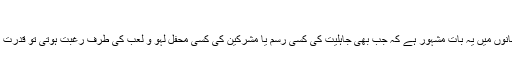
محمد صلعم کی ذات، کردارو اخلاق
آپ صلعم کے بچپن و لڑکپن کے متعلق مسلمانوں میں یہ بات مشہور ہے کہ جب بھی جاہلیت کی کسی رسم یا مشرکین کی کسی محفل لہو و لعب کی طرف رغبت ہوتی تو قدرت کی جانب سے اس میں رکاوٹ ڈال دی جاتی۔